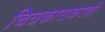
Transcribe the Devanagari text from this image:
चित्रकाराकरवी